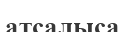
атсалыса